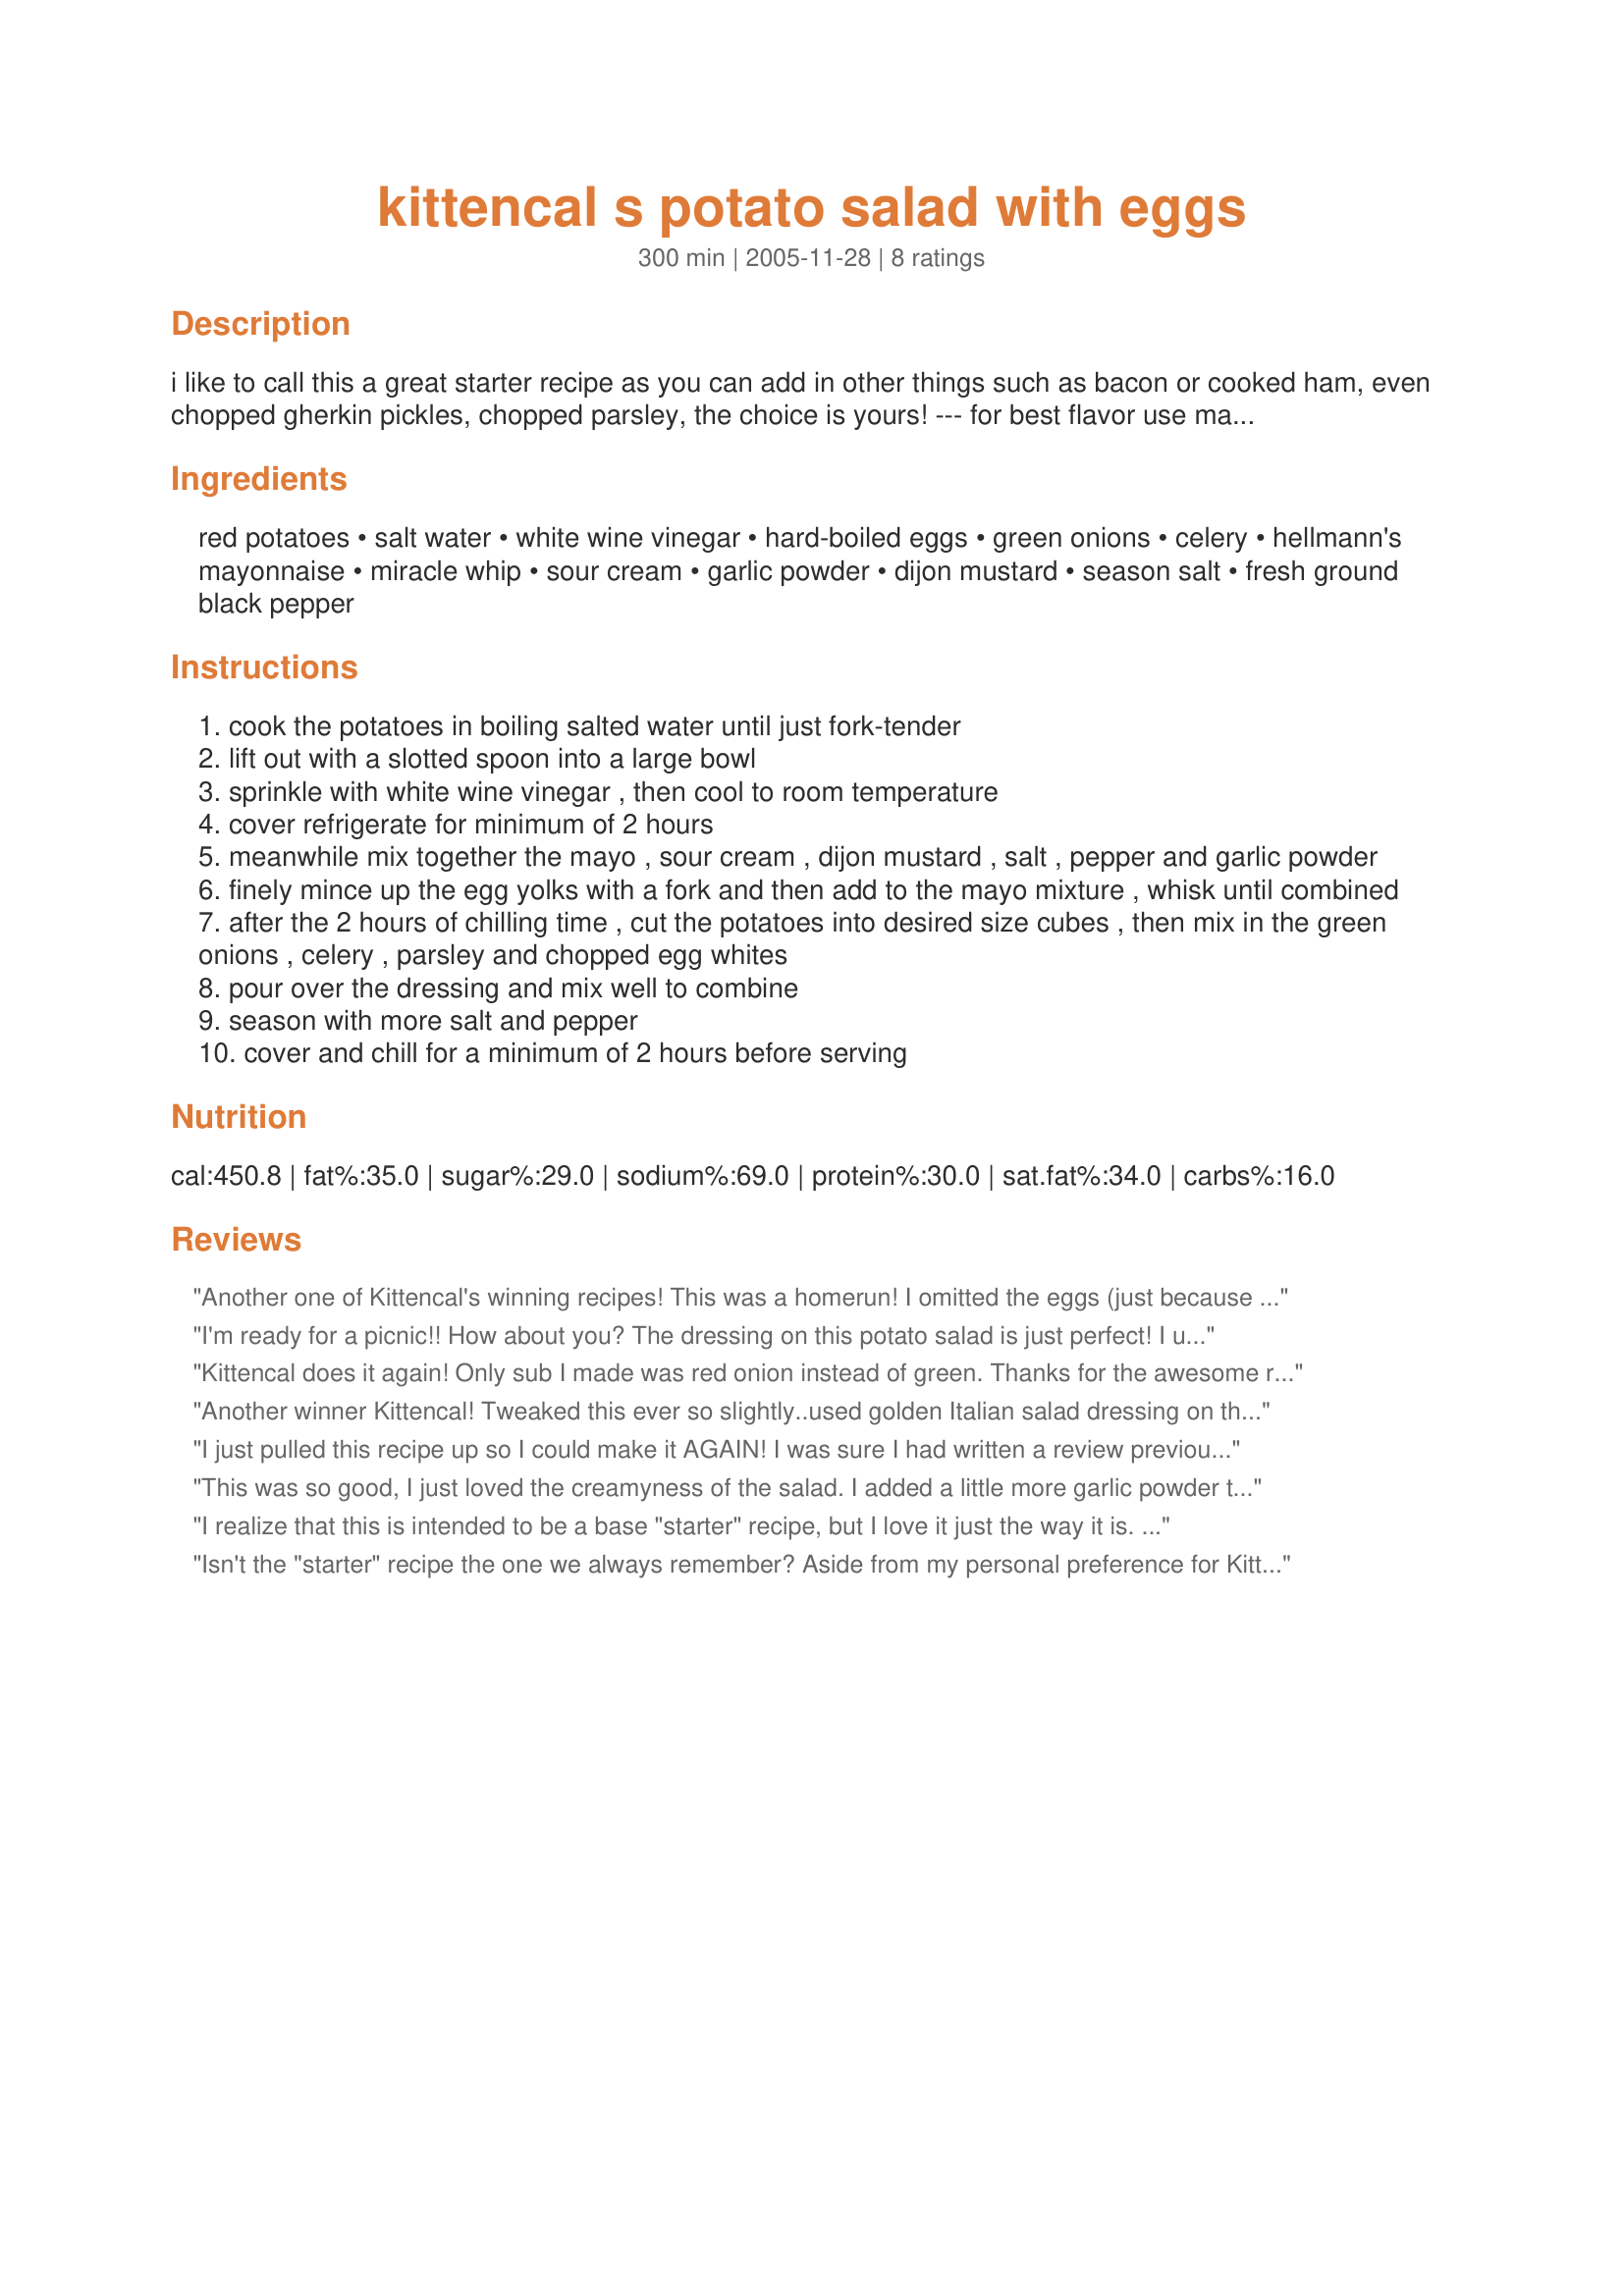
kittencal s potato salad with eggs
Preparation time: 300 minutes

i like to call this a great starter recipe as you can add in other things such as bacon or cooked ham, even chopped gherkin pickles, chopped parsley, the choice is yours! --- for best flavor use mayonnaise and salad dressing ---there is 4 hours chilling time all together for this recipe, so plan ahead. --- you will also find a slightly different version of my recipe here http://kittencalskitchen.com/2009/04/05/kittens-potato-salad-with-eggs-and-ham/

Ingredients:
red potatoes, salt water, white wine vinegar, hard-boiled eggs, green onions, celery, hellmann's mayonnaise, miracle whip, sour cream, garlic powder, dijon mustard, season salt, fresh ground black pepper

Steps:
cook the potatoes in boiling salted water until just fork-tender
lift out with a slotted spoon into a large bowl
sprinkle with white wine vinegar , then cool to room temperature
cover refrigerate for minimum of 2 hours
meanwhile mix together the mayo , sour cream , dijon mustard , salt , pepper and garlic powder
finely mince up the egg yolks with a fork and then add to the mayo mixture , whisk until combined
after the 2 hours of chilling time , cut the potatoes into desired size cubes , then mix in the green onions , celery , parsley and chopped egg whites
pour over the dressing and mix well to combine
season with more salt and pepper
cover and chill for a minimum of 2 hours before serving

Reviews:
Another one of Kittencal's winning recipes! This was a homerun! I omitted the eggs (just because I was out) and added sliced green olives and bacon. This was outstanding the next day once the flavors blended together! Thanks so much for posting!
I'm ready for a picnic!! How about you? The dressing on this potato salad is just perfect! I used 3 hard boiled eggs, which I diced with my patented pastry blended method ; ), used Vidalia onion as a quick substitute for the green, used 3/4 cup of the mayo and sour cream (I ended up using only 3/4 of the dressing as we do not like our potato salad creamy). The only added ingredient I put in was about 1/3 cup of sweet pickle relish. Perfect as always, Kitten!
Kittencal does it again! Only sub I made was red onion instead of green. Thanks for the awesome recipe! Was a hit at the barbecue!
Another winner Kittencal! Tweaked this ever so slightly..used golden Italian salad dressing on the warm potatoes instead of wine vinegar. Also used light mayo and Balkan yogurt instead of sour cream, which makes it a little lighter, but still flavorful.. I feel I must say something about &quot;peeling&quot; the red potatoes as was stated in the original recipe..totally unnecessary, and omits nutrients. Otherwise a great baseline!
I just pulled this recipe up so I could make it AGAIN! I was sure I had written a review previously. How did I overlook it!! I found this to be a perfect potato salad -- just the way it is. I made it exactly as written and loved it. To me it's just the way a potato salad should be. The ingredients and flavors all blend together -- nothing overwhelms another ingredient. It just goes to show that simple ingredients can produce a wonderful, luscious salad. I'm so glad I found this recipe as we head into the summer months. Thanks, Carol for posting it.
This was so good, I just loved the creamyness of the salad. I added a little more garlic powder to the salad, and a little less Dijon mustard. I only put in 3 hard boiled eggs, because I thought anymore than that would be too much for the recipe. I also added an extra stalk of celery. Very, very good.
I realize that this is intended to be a base "starter" recipe, but I love it just the way it is. It's got all the things in it that I expect in a classic picnic potato salad. Great with some bbq chicken. I remember that my grandmother used to use the vinegar in the boiling water and then drizzle the cooked potatoes with vinegar, too. I'll make this again. Thanx!
Isn't the "starter" recipe the one we always remember? Aside from my personal preference for Kittencal's recipes, I like this one for the techniques -- adding vinegar to the water and to the cooling potatoes before combining them with other ingredients. We made extra dressing to add after the salad had been chilled thoroughly, since it often absorbs the dressing and is less moist when served than when it starts to chill. Paired it with Kitten's New York Reuben and a kosher dill for a smashing St. Patrick's Day dinner. Hat's off to you Kitten.
